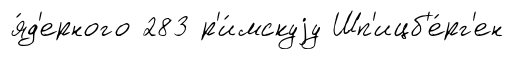
я́д'ерного 283 р'и́мскуjу Шп'ицб'е́рг'ен